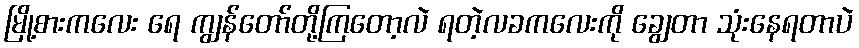
မြို့စားကလေး ရေ ကျွန်တော်တို့ကြတော့လဲ ရတဲ့လခကလေးကို ချွေတာ သုံးနေရတာပဲ